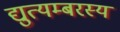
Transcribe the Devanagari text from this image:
द्युत्यम्बरस्य